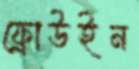
ফ্রোউইন